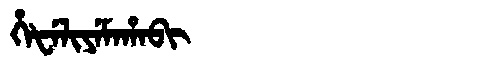
Manchu: ᡥᡝᡶᡝᠯᡳᠶᡝᠮᠠᡥᠠᠪᡳ
Romanization: HEFELIYEMAHABI